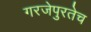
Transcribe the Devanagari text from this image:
गरजेपुरतेच